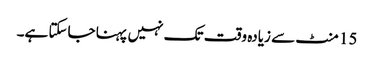
15 منٹ سے زیادہ وقت تک نہیں پہنا جاسکتا ہے۔